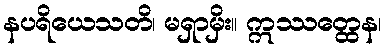
နပရိယေသတိ၊ မရှာမှိး။ ဣဿတ္ထေန၊